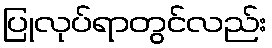
ပြုလုပ်ရာတွင်လည်း